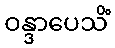
ဝန္ဒာပေသိံ